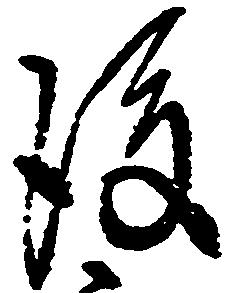
後